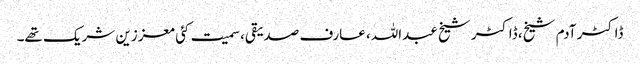
ڈاکٹر آدم شیخ، ڈاکٹر شیخ عبداللہ، عارف صدیقی، سمیت کئی معززین شریک تھے۔